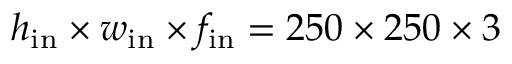
h _ { \mathrm { i n } } \times w _ { \mathrm { i n } } \times f _ { \mathrm { i n } } = 2 5 0 \times 2 5 0 \times 3